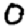
Digit: 0